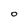
Character: 0